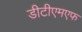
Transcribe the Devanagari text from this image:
डीटीएमएफ